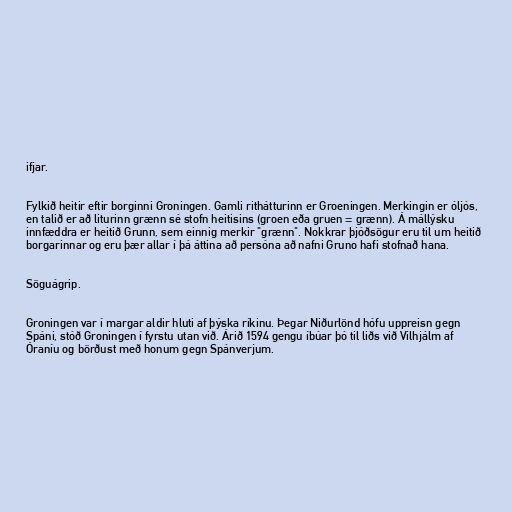
ifjar.

Fylkið heitir eftir borginni Groningen. Gamli rithátturinn er Groeningen. Merkingin er óljós,
en talið er að liturinn grænn sé stofn heitisins (groen eða gruen = grænn). Á mállýsku
innfæddra er heitið Grunn, sem einnig merkir "grænn". Nokkrar þjóðsögur eru til um heitið
borgarinnar og eru þær allar í þá áttina að persóna að nafni Gruno hafi stofnað hana.

Söguágrip.

Groningen var í margar aldir hluti af þýska ríkinu. Þegar Niðurlönd hófu uppreisn gegn
Spáni, stóð Groningen í fyrstu utan við. Árið 1594 gengu íbúar þó til liðs við Vilhjálm af
Óraníu og börðust með honum gegn Spánverjum.